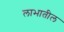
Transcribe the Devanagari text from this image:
लाभातील